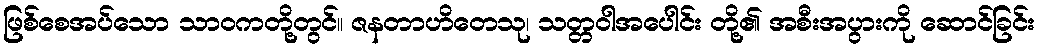
ဖြစ်စေအပ်သော သာဝကတို့တွင်။ ဇနတာဟိတေသု၊ သတ္တဝါအပေါင်း တို့၏ အစီးအပွားကို ဆောင်ခြင်း